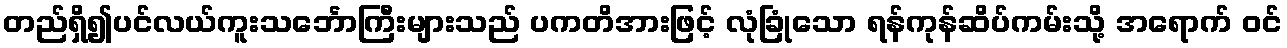
တည်ရှိ၍ပင်လယ်ကူးသင်္ဘောကြီးများသည် ပကတိအားဖြင့် လုံခြုံသော ရန်ကုန်ဆိပ်ကမ်းသို့ အရောက် ဝင်